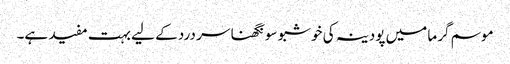
موسم گرما میں پودینہ کی خوشبو سونگھنا سر درد کے لیے بہت مفید ہے۔